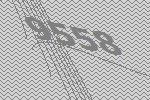
9558